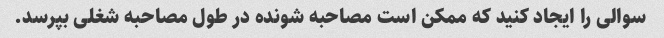
سوالی را ایجاد کنید که ممکن است مصاحبه شونده در طول مصاحبه شغلی بپرسد.